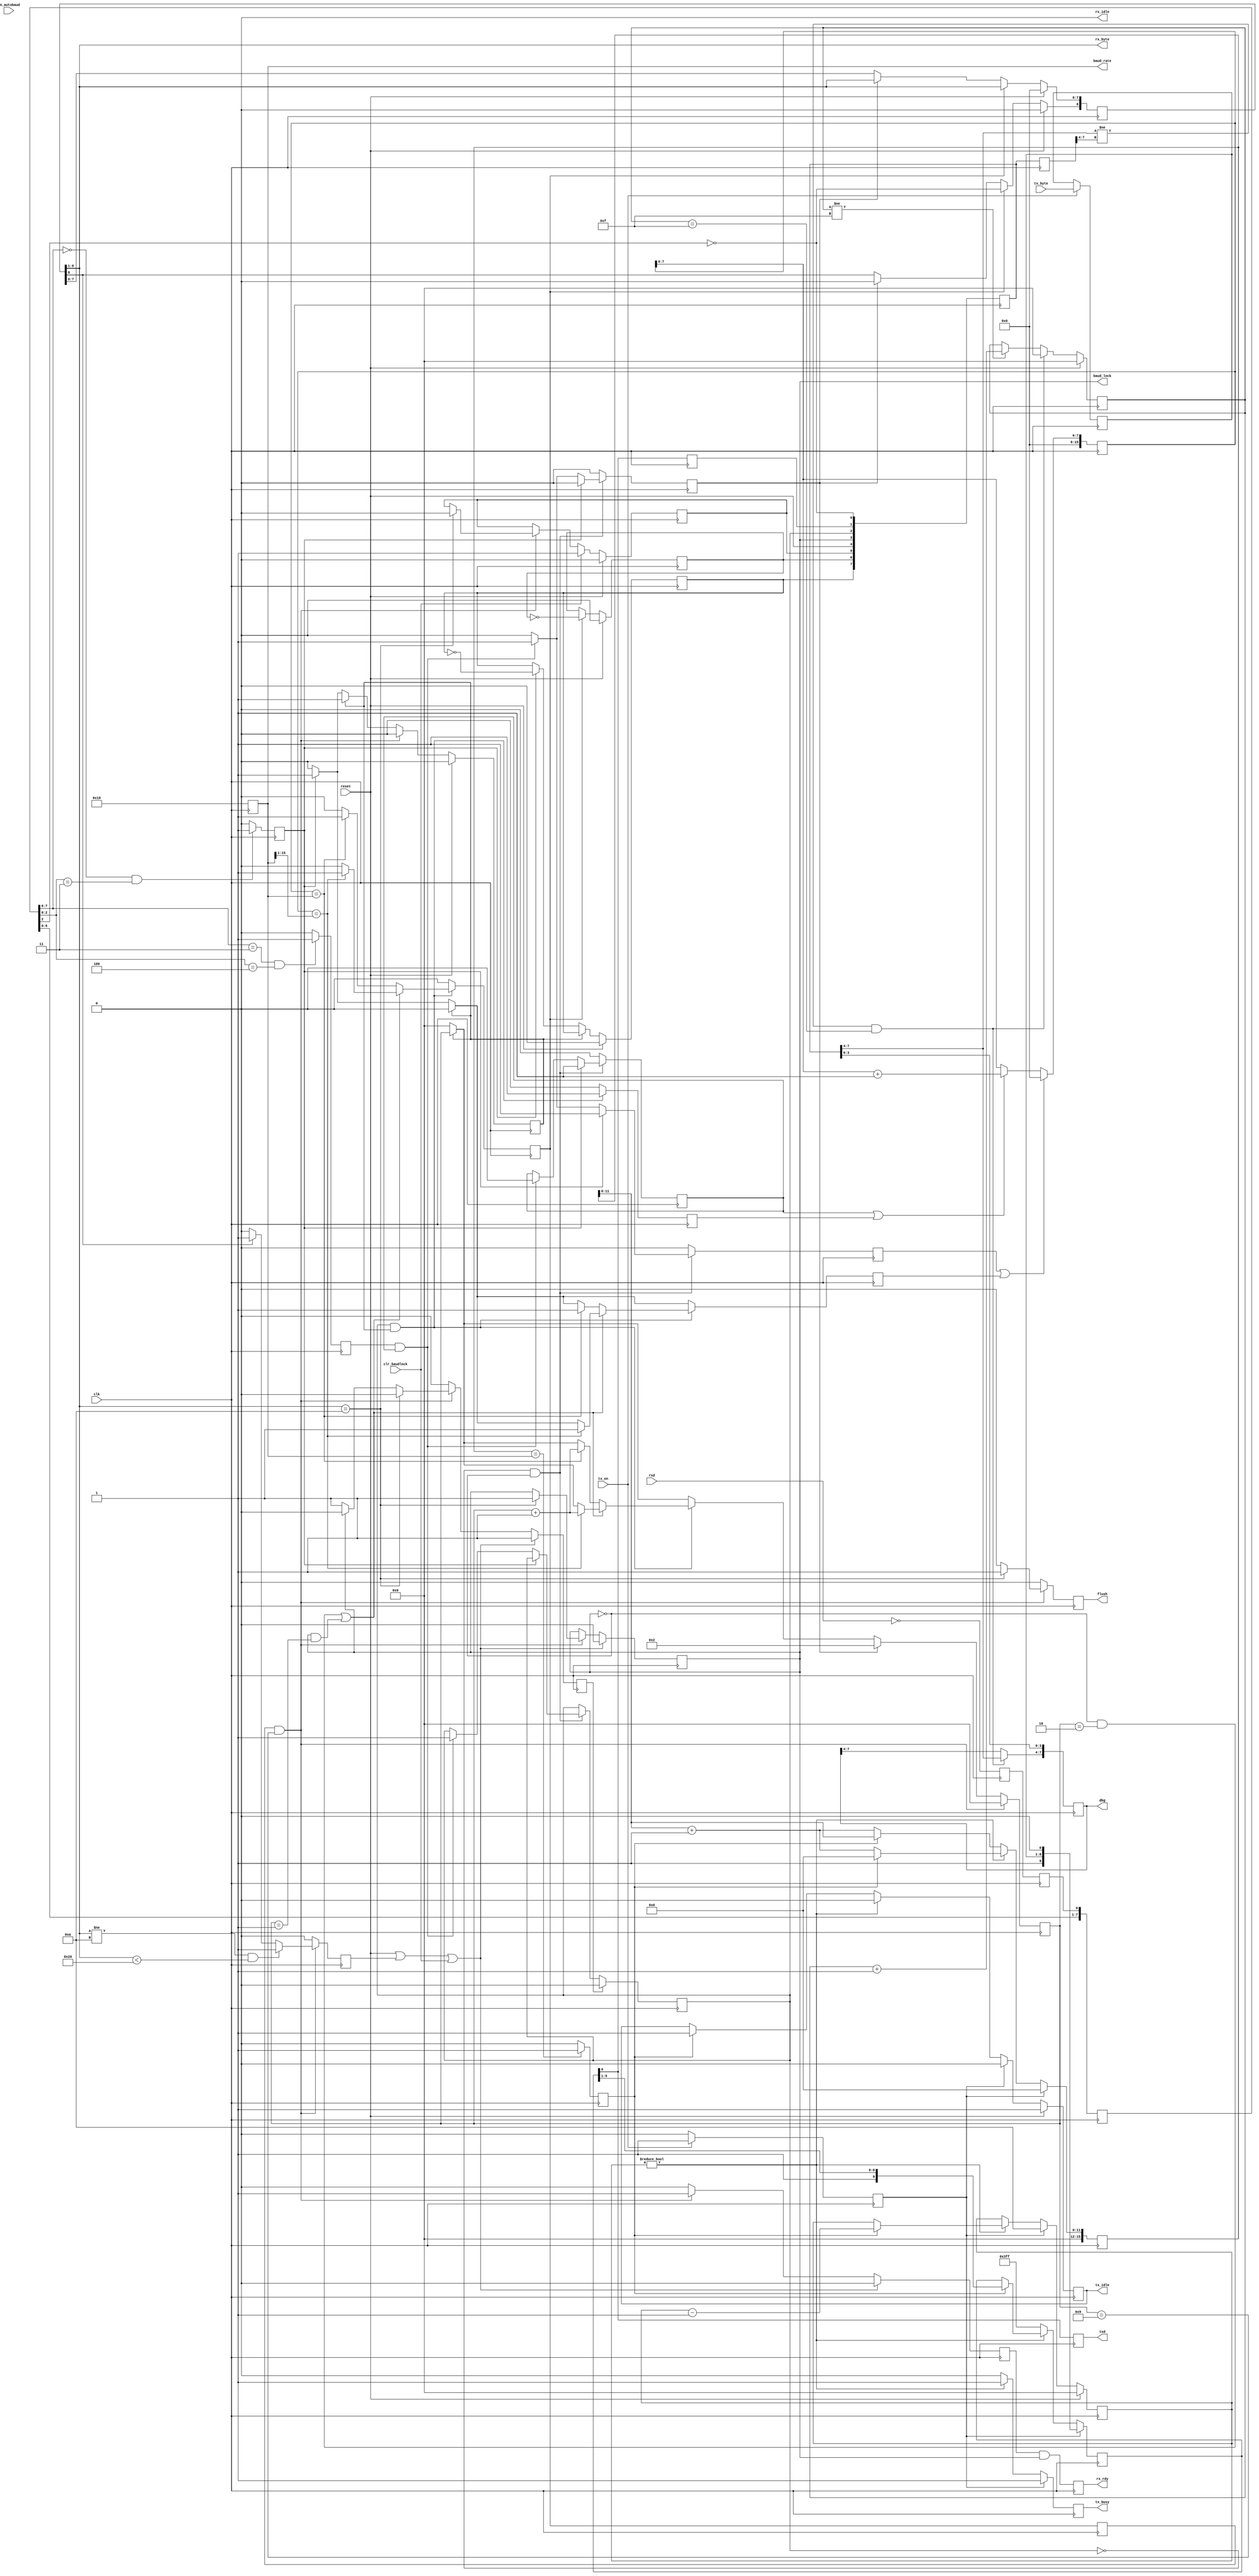
/* ****************************************************************************
-- (C) Copyright 2015 Kevin M. Hubbard - Black Mesa Labs
-- Source file: mesa_uart.v                
-- Date:        June 1, 2015   
-- Author:      khubbard
-- Description: A UART that autobauds to first "\n" 0x0A character.
-- Language:    Verilog-2001 
-- License:     This project is licensed with the CERN Open Hardware Licence
--              v1.2.  You may redistribute and modify this project under the
--              terms of the CERN OHL v.1.2. (http://ohwr.org/cernohl).
--              This project is distributed WITHOUT ANY EXPRESS OR IMPLIED
--              WARRANTY, INCLUDING OF MERCHANTABILITY, SATISFACTORY QUALITY
--              AND FITNESS FOR A PARTICULAR PURPOSE. Please see the CERN OHL
--              v.1.2 for applicable Conditions.
-- License:     This project is licensed with the CERN Open Hardware Licence
--              v1.2.  You may redistribute and modify this project under the
--              terms of the CERN OHL v.1.2. (http://ohwr.org/cernohl).
--              This project is distributed WITHOUT ANY EXPRESS OR IMPLIED
--              WARRANTY, INCLUDING OF MERCHANTABILITY, SATISFACTORY QUALITY
--              AND FITNESS FOR A PARTICULAR PURPOSE. Please see the CERN OHL
--              v.1.2 for applicable Conditions.
--
-- RXD    \START/<D0><D1><D2><..><D7>/STOP
-- Design Statistics after Packing
-- en_clr_lock = 1;
--    Number of LUTs  : 190 / 384
--    Number of DFFs  : 110 / 384
--
-- Revision History:
-- Ver#  When      Who      What
-- ----  --------  -------- ---------------------------------------------------
-- 0.1   06.01.15  khubbard Creation
-- 0.2   08.18.16  khubbard rx_sr[2:0] fix for metastable sampling issue.
-- ***************************************************************************/
//`default_nettype none // Strictly enforce all nets to be declared
                                                                                
module mesa_uart
(
  input  wire         reset,
  input  wire         clk,
  input  wire         clr_baudlock,
  input  wire         en_autobaud,
  output wire         flush,
  input  wire         rxd,
  output reg          txd,
  output reg  [7:0]   dbg,
  output wire [7:0]   rx_byte,
  output reg          rx_rdy,
  input  wire [7:0]   tx_byte,
  input  wire         tx_en,
  output reg          tx_busy,
  output reg          tx_idle,
  output wire         rx_idle,
  output wire [15:0]  baud_rate,
  output wire         baud_lock
); // module mesa_uart


  reg  [8:0]    rx_byte_sr;
  reg  [3:0]    rx_bit_cnt;
  reg  [3:0]    tx_bit_cnt;
  reg           sample_now;
  reg           sample_now_p1;
  reg           rxd_meta;
  reg           rxd_loc;
  wire          rxd_sample;
  reg  [7:0]    rxd_sr;
  reg           clr_bit_lock;
  reg           dbg_sample_togl;
  reg           dbg_sample_togl_p1;
  reg           dbg_byte_togl;
  reg           clr_jk;
  reg           bad_jk;
  reg           bit_lock_jk;
  reg           bit_lock_jk_p1;
  reg           baud_lock_jk;
  reg           rx_byte_jk;
  reg           rx_byte_jk_p1;

  wire [7:0]    rx_byte_loc;
  reg  [15:0]   rx_cnt_16b;
  reg  [15:0]   tx_cnt_16b;
  reg  [15:0]   baud_rate_loc;
  reg           rx_cnt_16b_p1;
  reg           rx_cnt_16b_roll;
  reg           rx_start_a;
  reg           rx_start_b;
  reg           rx_cnt_en_a_jk;
  reg           rx_cnt_en_b;
  reg           rx_rdy_loc;
  reg           rx_rdy_pre;
  wire          en_loopback;
  wire          en_fast_autobaud;
  reg  [7:0]    tx_byte_loc;
  reg           tx_en_loc;
  reg  [9:0]    tx_sr;
  reg           txd_loc;
  reg           rxd_fal;
  reg           rxd_ris;
  reg  [7:0]    rxd_fal_sr;
  reg           tx_shift;
  reg           tx_now;
  reg           rx_ascii_cr;
  reg           rx_bad_symbol;
  reg  [7:0]    dbg_loc;
  reg  [7:0]    dbg_loc_p1;
  reg  [3:0]    dbg_cnt;
  reg           sample_first;


// Send RXD to TXD to test circuit
  assign en_loopback = 0;
//assign en_fast_autobaud = 0;
  assign en_fast_autobaud = 1;
  assign rx_idle = 0;

// When baud_lock asserts, send "\n" to downstream nodes for detection
  assign baud_rate = baud_rate_loc[15:0];
  assign baud_lock = baud_lock_jk;

//-----------------------------------------------------------------------------
// Output some debug signals for Saleae. Pulse extend short events
//-----------------------------------------------------------------------------
always @ ( posedge clk ) begin : proc_dbg
 begin
// dbg_loc[0] <= ~ rxd_meta;
   dbg_loc[0] <= rxd_sample;
   dbg_loc[1] <= txd_loc;
   dbg_loc[2] <= bit_lock_jk;
   dbg_loc[3] <= baud_lock_jk;
// dbg_loc[4] <= sample_now;
   dbg_loc[4] <= reset;
// dbg_loc[5] <= rx_rdy_loc;
   dbg_loc[5] <= clr_jk;
   dbg_loc[6] <= dbg_sample_togl;
   dbg_loc[7] <= dbg_byte_togl;
// dbg_loc[7] <= bad_jk;
// dbg_loc[7] <= rx_ascii_cr;
   dbg_loc_p1 <= dbg_loc[7:0];

   // Extend transitions for Saleae
   if ( dbg_cnt != 4'hF ) begin
     dbg_cnt <= dbg_cnt + 1;
   end

   if ( dbg_loc[7:4] != dbg_loc_p1[7:4] && dbg_cnt == 4'hF ) begin
     dbg     <= dbg_loc[7:0];
     dbg_cnt <= 4'h0;
   end
   if ( reset == 1 ) begin
     dbg_cnt <= 4'h0;
   end

   dbg[0] <= dbg_loc[0];
   dbg[1] <= dbg_loc[1];
   dbg[2] <= dbg_loc[2];
   dbg[3] <= dbg_loc[3];

 end 
end // proc_din


//-----------------------------------------------------------------------------
// Asynchronous sampling of RXD into 4 bit Shift Register
// Note: RXD is immediately inverted to prevent runt '0's from pipeline 
// being detected as start bits. FPGA Flops powerup to '0', so inverting fixes.
//-----------------------------------------------------------------------------
always @ ( posedge clk ) begin : proc_din
 begin
   rxd_meta    <= ~ rxd;// Note Inversion to prevent runt post config
   rxd_loc     <= rxd_meta;
// rxd_sr[7:0] <= { rxd_sr[6:0], rxd_meta };
   rxd_sr[7:0] <= { rxd_sr[6:0], rxd_loc  };
   rxd_fal <= 0;
   rxd_ris <= 0;

// if ( rxd_sr[3:0] == 4'b0001 ) begin      
// if ( rxd_sr[2:0] == 3'b001 ) begin      
// if ( rxd_sr[2:0] == 3'b011 ) begin      
   if ( rxd_sr[7:6] == 2'b00 && rxd_sr[2:0] == 3'b011 ) begin      
     rxd_fal <= 1;
   end 
// if ( rxd_sr[3:0] == 4'b1110 ) begin      
// if ( rxd_sr[2:0] == 3'b110 ) begin      
// if ( rxd_sr[2:0] == 3'b100 ) begin      
   if ( rxd_sr[7:6] == 2'b11 && rxd_sr[2:0] == 3'b100 ) begin      
     rxd_ris <= 1;
   end 

 end 
end // proc_din
  assign rxd_sample = ~ rxd_sr[2];


//-----------------------------------------------------------------------------
// 16bit Counter used for both rx_start_bit width count and sample count
//-----------------------------------------------------------------------------
always @ ( posedge clk ) begin : proc_cnt
 begin

  if ( rx_start_a == 1 || rx_start_b == 1 ) begin
    rx_cnt_16b <= 16'd0;
  end else if ( rx_cnt_en_a_jk == 1 || 
                rx_cnt_en_b    == 1    ) begin
    rx_cnt_16b <= rx_cnt_16b + 1;
  end

  if ( en_fast_autobaud == 1 ) begin
    rx_cnt_16b[15:12] <= 4'd0;
    rx_cnt_16b_p1    <= rx_cnt_16b[11];
    rx_cnt_16b_roll  <= rx_cnt_16b_p1 & ~ rx_cnt_16b[11];
  end else begin
    rx_cnt_16b_p1    <= rx_cnt_16b[15];
    rx_cnt_16b_roll  <= rx_cnt_16b_p1 & ~ rx_cnt_16b[15];
  end

  rx_cnt_16b[15:8] <= 8'd0;// 2016_10_17

 end
end // proc_cnt



//-----------------------------------------------------------------------------
// Autobaud off "\n" character. Tricky, as both start bit at D0 are 0.
// When there is no bit_lock, look for falling edge of RXD and count width of 
// StartBit and the 1st '0' of 0xA "\n" "01010000". 
// bit_lock remains on unless we don't get baud_lock 
// bit_lock  == Think we know where to sample each symbol.
// baud_lock == We sampled 8 symbols and got 0x0A or "\n"
//-----------------------------------------------------------------------------
always @ ( posedge clk ) begin : proc_s1 
 begin
  sample_first   <= 0;
  rx_start_a     <= 0;
  bit_lock_jk_p1 <= bit_lock_jk;
  if ( bit_lock_jk == 0 && baud_lock_jk == 0 ) begin
    if ( rxd_fal == 1 ) begin
      rx_start_a     <= 1;
      rx_cnt_en_a_jk <= 1;
    end else if ( rxd_ris == 1 && rx_cnt_en_a_jk == 1 ) begin
      baud_rate_loc  <= { 1'b0, rx_cnt_16b[15:1] } - 16'd1;// Div2 Shift
      bit_lock_jk    <= 1;
      rx_start_a     <= 1;
      rx_cnt_en_a_jk <= 0;
      sample_first   <= 1;
    end
  end else begin
    rx_cnt_en_a_jk <= 0;
  end

  if (   clr_bit_lock == 1 ) begin
    bit_lock_jk <= 0;
  end

  if ( en_fast_autobaud == 1 ) begin
    baud_rate_loc[15:12] <= 4'd0;
  end

//if ( en_autobaud == 0 ) begin
//  baud_rate_loc <= 16'd43;
//  bit_lock_jk   <= 1;
//end

// fix baud rate for smaller design. Note the subtract-2
//baud_rate_loc[15:0] <= 16'd109;// 100 MHz / 921600 baud
//baud_rate_loc[15:0] <= 16'd104;//  96 MHz / 921600 baud = WORKS
//baud_rate_loc[15:0] <= 16'd104;//  12 MHz / 115200 baud = WORKS 
  baud_rate_loc[15:0] <= 16'd24;//   24 MHz / 921600 baud = WORKS
//baud_rate_loc[15:0] <= 16'd12;//   12 MHz / 921600 baud = DOESNT WORK
//bit_lock_jk   <= 1;

 end
end // proc_s1 
  assign flush = rx_ascii_cr;


//-----------------------------------------------------------------------------
// Decode the character bytes
//-----------------------------------------------------------------------------
always @ ( posedge clk ) begin : proc_s3 
 begin
   rx_ascii_cr   <= 0;
   rx_bad_symbol <= 0;
   clr_bit_lock  <= 0; 
   rx_rdy_loc    <= 0;
   rx_rdy        <= rx_rdy_loc & baud_lock_jk;

   // Assert baud_lock if 1st char is "\n" else clear and start over.
   if ( sample_now_p1  == 1 && rx_bit_cnt == 4'd9 ) begin
     if ( rx_byte_loc[7:0] == 8'h0a ) begin
       baud_lock_jk <= 1;
       rx_ascii_cr  <= 1;
       clr_jk <= 0;
       bad_jk <= 0;
     end else if ( baud_lock_jk == 0 ) begin
       clr_bit_lock <= 1;
     end
     // Only expect ASCII 0x20 - 0x7F, detect 0x80+ as bad and clear baud lock
     if ( rx_byte_loc[7] == 1 ) begin     
       rx_bad_symbol <= 1;
     end
     // Only expect ASCII 0x20 - 0x7F, detect under 0x20 and clear baud lock
     if ( rx_byte_loc != 8'h0A && rx_byte_loc < 8'h20 ) begin
       rx_bad_symbol <= 1;
     end
   end

   // Grab received byte after last bit received
   if ( sample_now_p1  == 1 && rx_bit_cnt == 4'd9 ) begin
     rx_rdy_loc <= 1;
   end

   if ( reset == 1 || rx_bad_symbol == 1 || clr_baudlock == 1 ) begin
     baud_lock_jk <= 0;
     clr_bit_lock <= 1;
     rx_rdy_loc   <= 0;
   end

// if ( dbg_sample_togl != dbg_sample_togl_p1 ) begin
//   clr_jk <= 0;
//   bad_jk <= 0;
// end
   if ( rx_bad_symbol == 1 ) begin
     bad_jk <= 1;
   end 
   if ( clr_baudlock == 1 ) begin
     clr_jk <= 1;
   end 
   if ( reset == 1 ) begin
     clr_jk <= 0;
     bad_jk <= 0;
   end
   

 end
end // proc_s3 

  assign rx_byte_loc = rx_byte_sr[8:1];
  assign rx_byte     = rx_byte_sr[8:1];


//-----------------------------------------------------------------------------
// look for falling edge of rx_start_bit and count 1/2 way into bit and sample
//-----------------------------------------------------------------------------
always @ ( posedge clk ) begin : proc_s2 
 begin
  tx_en_loc     <= 0;
  sample_now    <= 0;
  rx_start_b    <= 0;
  rx_cnt_en_b   <= 0;
  rx_byte_jk_p1    <= rx_byte_jk;
  sample_now_p1 <= sample_now;
  dbg_sample_togl_p1 <= dbg_sample_togl;

  if ( rx_byte_jk == 0 ) begin
    rx_bit_cnt <= 4'd0;
    if ( rxd_fal == 1 ) begin
      rx_start_b <= 1;
      rx_byte_jk <= 1;// Starting a new Byte
      dbg_byte_togl <= ~dbg_byte_togl;
    end
  end

  // When to start sample_now is tricky as for bit_lock, it is 1/2 baud into
  // the D1 data bit of \n, after lock, it is 1/2 baud into D0 data bit.
  // cnt=0 is StartBit, cnt=1 is D0, cnt=2 is D1
  if ( bit_lock_jk == 1 && rx_byte_jk == 1 ) begin
    rx_cnt_en_b  <= 1;
    if ( 
         ( baud_lock_jk == 0 && rx_bit_cnt == 4'd2 ) ||
         ( baud_lock_jk == 1 && rx_bit_cnt == 4'd1 )    ) begin
      // Div-2 baud count to sample middle of eye
      if ( rx_cnt_16b[15:0] == { 1'b0, baud_rate_loc[15:1] } ) begin
        rx_bit_cnt <= rx_bit_cnt + 1;
        rx_start_b <= 1;
        sample_now <= 1;
      end
    end else if ( rx_cnt_16b[15:0] == baud_rate_loc[15:0] ) begin
      rx_bit_cnt <= rx_bit_cnt + 1;
      rx_start_b <= 1;
      sample_now <= 1;
    end
  end

  //  Assume "\n" and stuff the 1st 0 since it already flew by
  if ( sample_first == 1 ) begin
    rx_bit_cnt <= 4'd2;
    rx_byte_sr[8]   <= 0;
    rx_byte_sr[7:0] <= rx_byte_sr[8:1];
  end

  if ( sample_now == 1 ) begin
    rx_byte_sr[8]   <= rxd_sample;
    rx_byte_sr[7:0] <= rx_byte_sr[8:1];
    dbg_sample_togl <= ~dbg_sample_togl;
  end

  if ( sample_now_p1 == 1 && rx_bit_cnt == 4'd9  ) begin
    rx_byte_jk <= 0;
    rx_bit_cnt <= 4'd0;
  end

  if ( rx_rdy_loc == 1 && baud_lock_jk == 1 && en_loopback == 1 ) begin
    tx_byte_loc <= rx_byte_loc[7:0];  
    tx_en_loc   <= 1;
  end else if ( tx_en == 1 ) begin
    tx_byte_loc <= tx_byte[7:0];  
    tx_en_loc   <= 1;
  end

  if ( reset == 1 ) begin
    rx_byte_jk <= 0;
    rx_byte_sr[8:0] <= 9'd0;
    dbg_sample_togl <= 0;
    dbg_byte_togl <= 0;
  end

 end
end // proc_s2 


//-----------------------------------------------------------------------------
// TX : Load 8bits into 10bit SR and shift out at the RX baud rate    
//-----------------------------------------------------------------------------
always @ ( posedge clk ) begin : proc_tx 
 begin
  tx_shift <= 0;
  tx_busy  <= 0;
//txd      <= txd_loc;
  txd      <= tx_sr[0];
  txd_loc  <= tx_sr[0];
//txd_loc  <= tx_sr[0] | ~ baud_lock;
  tx_now   <= 0;

  // Load a new Byte to send
  if ( tx_en_loc == 1 ) begin
    tx_bit_cnt <= 4'd10;
    tx_cnt_16b <= 16'h0000;
    tx_idle    <= 0;
    tx_busy    <= 1;
    tx_shift   <= 1;
    tx_sr[9:0] <= { 1'b1, tx_byte_loc[7:0], 1'b0 };

  // Shift and send the byte until bit_cnt goes to 0
  end else if ( tx_bit_cnt != 4'd0 ) begin
    tx_cnt_16b <= tx_cnt_16b + 1;
    tx_busy    <= 1;
    tx_idle    <= 0;
    if ( tx_now == 1 ) begin
      tx_shift   <= 1;
      tx_bit_cnt <= tx_bit_cnt[3:0] - 1;
      tx_cnt_16b <= 16'h0000;
      tx_sr[9:0] <= { 1'b1, tx_sr[9:1] };
    end
  end else begin
    tx_sr <= 10'H3FF;
    if ( tx_now == 1 ) begin
      tx_idle <= 1;
    end else begin
      tx_cnt_16b <= tx_cnt_16b + 1;
    end
  end

  if ( tx_cnt_16b[15:0] == baud_rate_loc[15:0] ) begin
    tx_now <= 1;
  end

  if ( reset == 1 ) begin
    tx_bit_cnt <= 4'd0;
    tx_idle    <= 1;
  end

  if ( en_fast_autobaud == 1 ) begin
    tx_cnt_16b[15:12] <= 4'd0;
  end

 end
end // proc_tx


endmodule // mesa_uart